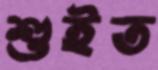
শুইত